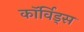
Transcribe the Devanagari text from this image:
कॉर्विड्स